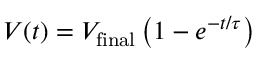
V ( t ) = V _ { \mathrm { f i n a l } } \left( 1 - e ^ { - t / \tau } \right)